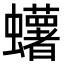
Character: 蠴